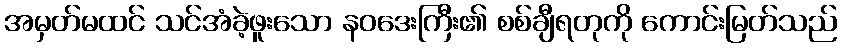
အမှတ်မထင် သင်အံခဲ့ဖူးသော နဝဒေးကြီး၏ စစ်ချီရတုကို ကောင်းမြတ်သည်